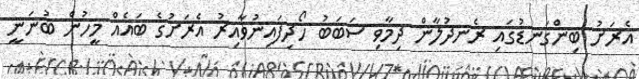
އެރަށު ބިންގަނޑުގައި ރެނދުލާން ދިމާވި ސަބަބު ހޯދިފައިނުވާއިރު އެރަށުގެ ބައެއް މީހުން ބުނަނީ